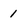
Character: 1